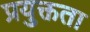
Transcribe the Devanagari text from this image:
प्रयुक्तता